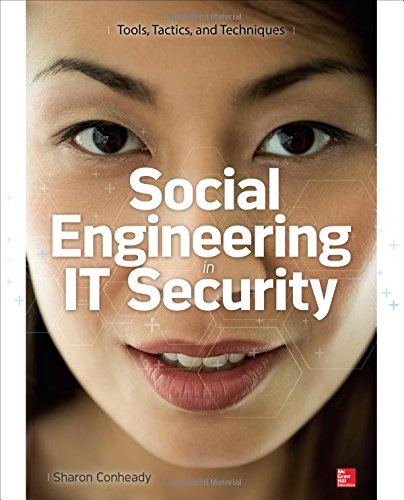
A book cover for Social Engineering in IT Security: Tools, Tactics, and Techniques; Sharon Conheady; Computers & Technology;